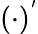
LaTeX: (\cdot)^{'}